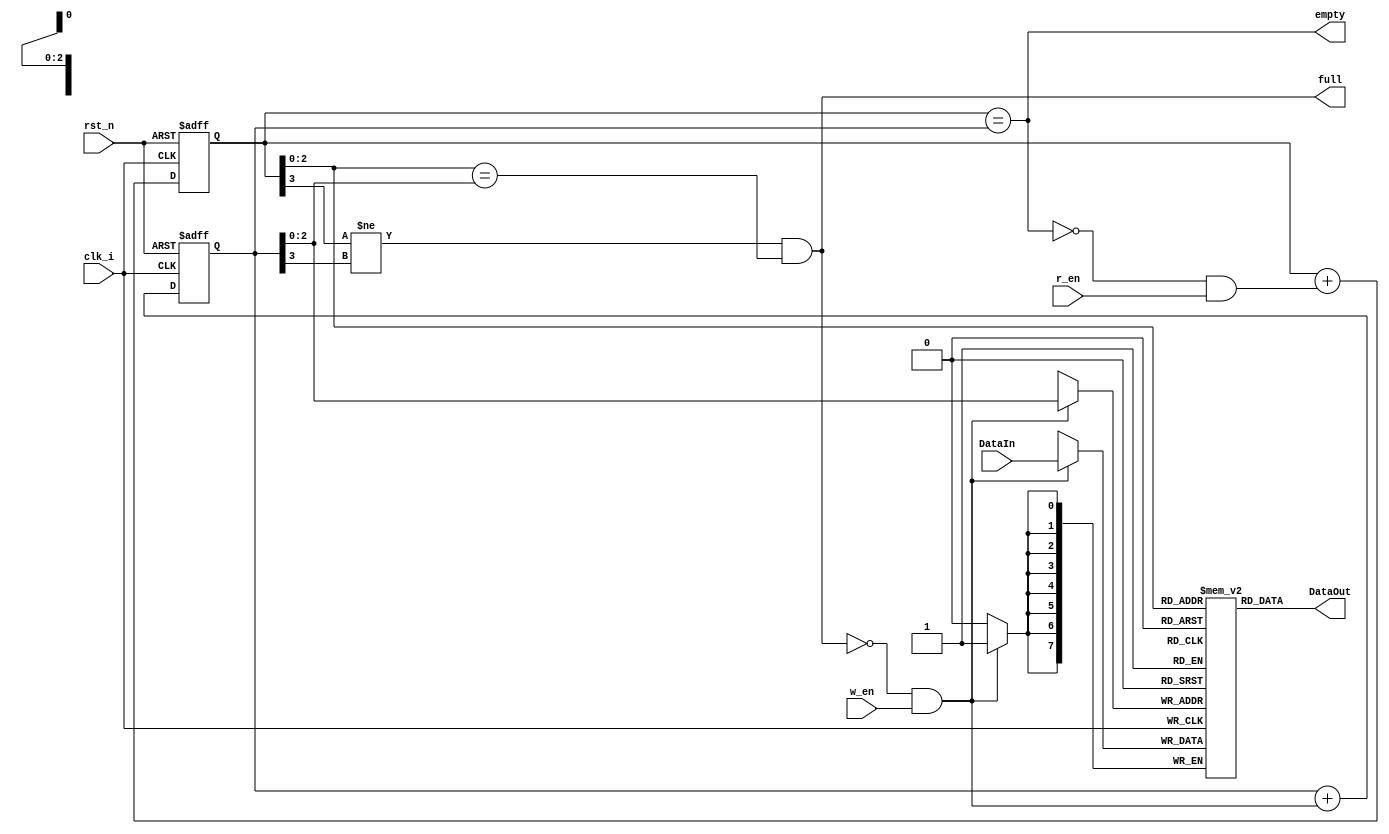
module fifo
#(
parameter DATAWIDTH = 8,
	  ADDRWIDTH = 3
)
(
input clk_i,
input rst_n,
input w_en,
input r_en,
input [DATAWIDTH-1:0] DataIn,
output[DATAWIDTH-1:0] DataOut,
output full,
output empty
);
localparam DEPTH = (1 << ADDRWIDTH);
reg  [ADDRWIDTH  :0] rptr, wptr;
wire [ADDRWIDTH-1:0] raddr, waddr;
reg  [DATAWIDTH-1:0] ram [0:DEPTH-1];

wire winc, rinc;
// increment the points in case of the enables is on in addition to the not full, and not empty
assign winc = ~full  & w_en;
assign rinc = ~empty & r_en;

// write pointer 
always@(posedge clk_i, negedge rst_n) begin
if(!rst_n) wptr <= 0;
else wptr <= wptr + winc;
end

// read pointer
always@(posedge clk_i, negedge rst_n) begin
if(!rst_n) rptr <= 0;
else rptr <= rptr + rinc;
end
// satisfying empty and full conditions
/******************************************************************/
assign empty = (rptr == wptr);
assign full  = ((rptr[ADDRWIDTH] != wptr[ADDRWIDTH]) && (rptr[ADDRWIDTH-1:0] == wptr[ADDRWIDTH-1:0]));

// assigning read and write address addresses
assign raddr = rptr[ADDRWIDTH-1:0];
assign waddr = wptr[ADDRWIDTH-1:0];

// connecting the dual port ram to the read and write addresses
always@(posedge clk_i) begin
if(winc) ram[waddr] <= DataIn; 
end

assign DataOut = ram[raddr];

`ifdef ASSERT_ON
assert property (
@(posedge clk_i) disable iff (!rst_n) 
(rptr == wptr) |-> empty
);
assert property (
@(posedge clk_i) disable iff (!rst_n) 
(rptr[3] != wptr[3]) && (rptr[2:0] == wptr[2:0]) |-> full
);
`endif
endmodule